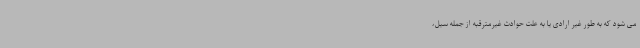
می شود که به طور غیر ارادی یا به علت حوادث غیرمترقبه از جمله سیل،